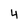
Character: 4